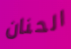
الحنان